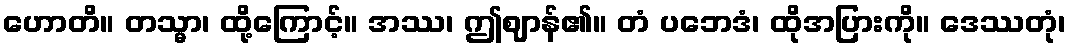
ဟောတိ။ တသ္မာ၊ ထို့ကြောင့်။ အဿ၊ ဤဈာန်၏။ တံ ပဘေဒံ၊ ထိုအပြားကို။ ဒေဿတုံ၊